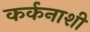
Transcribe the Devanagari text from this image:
कर्कनाशी